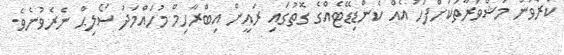
ކުރެވުނު މަޝްވަރާތަކަށްފަހު އެއް ކެންޑިޑޭޓެއްގެ ގޮތުގައި ރައީށް އިބްރާހިމް މުހައްމަދު ސޯލިޙް ނެރެވުނެވެ.